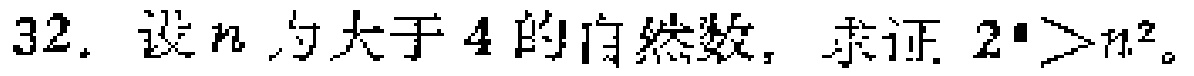
32. 设\(n\)为大于\(4\)的自然数，求证\(2^{n}>n^{2}\)。